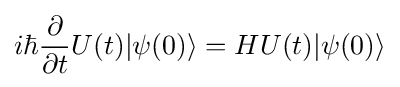
i\hbar {\partial  \over \partial t}U(t)|\psi (0)\rangle =HU(t)|\psi (0)\rangle